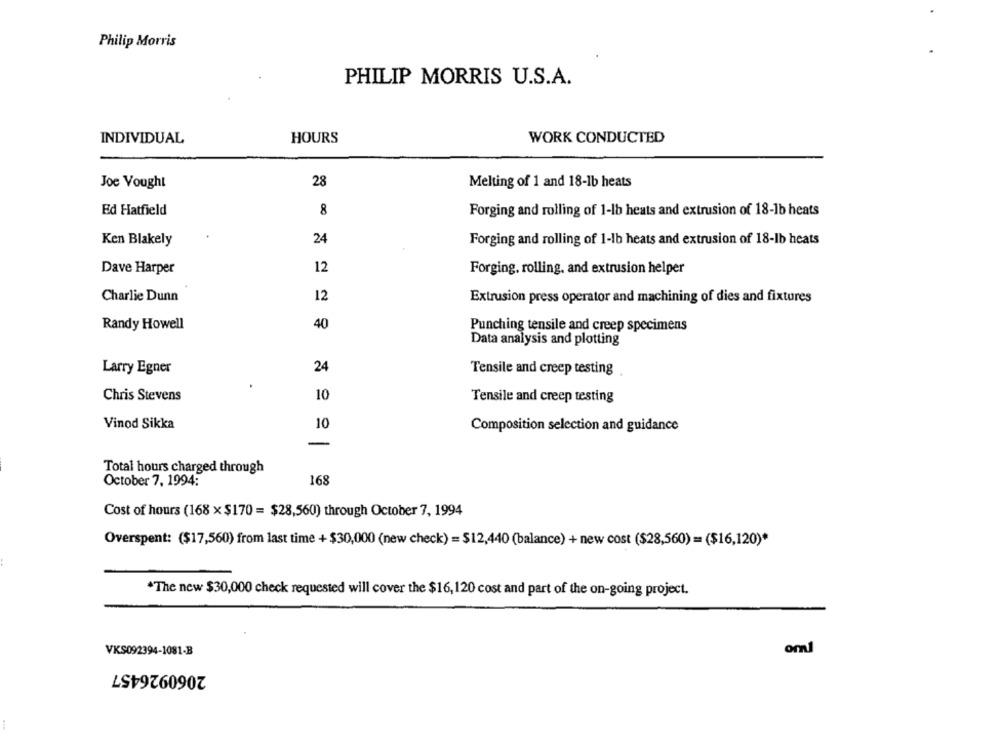
Philip Morris
PHILIP MORRIS U.S.A.
INDIVIDUAL
HOURS
WORK CONDUCTED
Joe Vought
28
Melting of 1 and 18-1b heats
Ed Hatfield
8
Forging and rolling of 1-lb heats and extrusion of 18-lb heats
Ken Blakely
24
Forging and rolling of 1-lb heats and extrusion of 18-lb heats
Dave Harper
12
Forging, rolling, and extrusion helper
12
Charlie Dunn
Extrusion press operator and machining of dies and fixtures
Randy Howell
40
Punching tensile and creep specimens
Data analysis and plotting
Larry Egner
24
Tensile and creep testing
Chris Stevens
10
Tensile and creep testing
Vinod Sikka
10
Composition selection and guidance
-
Total hours charged through
October 7, 1994:
168
Cost of hours (168 x $170 = $28,560) through October 7, 1994
Overspent: ($17,560) from last time + $30,000 (new check) = $12,440 (balance) + new cost ($28,560) = ($16,120)*
"The new $30,000 check requested will cover the $16, 120 cost and part of the on-going project.
VKS092394-1081-B
om
2060926457